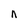
Character: n